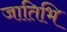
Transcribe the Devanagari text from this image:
जातिभि